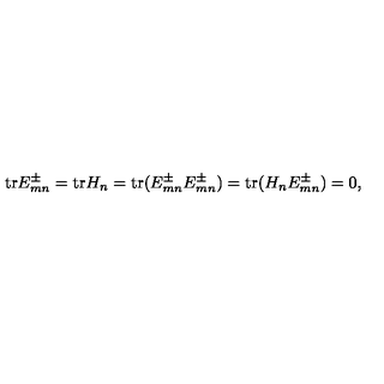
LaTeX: \mathrm { t r } E _ { m n } ^ { \pm } = \mathrm { t r } H _ { n } = \mathrm { t r } ( E _ { m n } ^ { \pm } E _ { m n } ^ { \pm } ) = \mathrm { t r } ( H _ { n } E _ { m n } ^ { \pm } ) = 0 ,